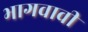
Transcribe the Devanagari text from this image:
भागवावी